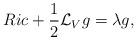
LaTeX: \begin{align*}Ric+\frac{1}{2}\mathcal{L}_{V}g=\lambda g,\end{align*}